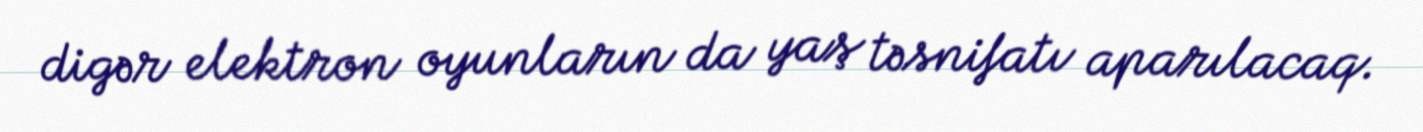
digər elektron oyunların da yaş təsnifatı aparılacaq.